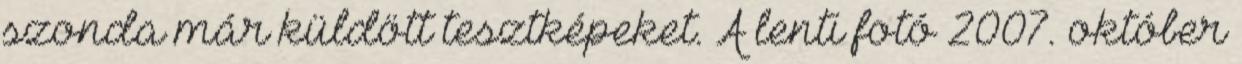
szonda már küldött tesztképeket. A lenti fotó 2007. október